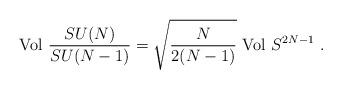
LaTeX: \begin{align*}{\rm Vol} \ \frac{SU (N)}{SU (N - 1)}= \sqrt{\frac{N}{2(N - 1)}}\ {\rm Vol}\ S^{2N - 1} \ .\end{align*}